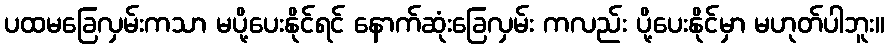
ပထမခြေလှမ်းကသာ မပို့ပေးနိုင်ရင် နောက်ဆုံးခြေလှမ်း ကလည်း ပို့ပေးနိုင်မှာ မဟုတ်ပါဘူး။